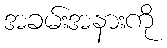
အခမ်းအနားကို